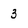
Character: 3